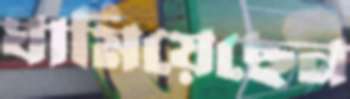
ঘামিয়েছেন